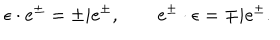
\epsilon \cdot e ^ { \pm } = \pm i e ^ { \pm } , \qquad e ^ { \pm } \cdot \epsilon = \mp i e ^ { \pm } .